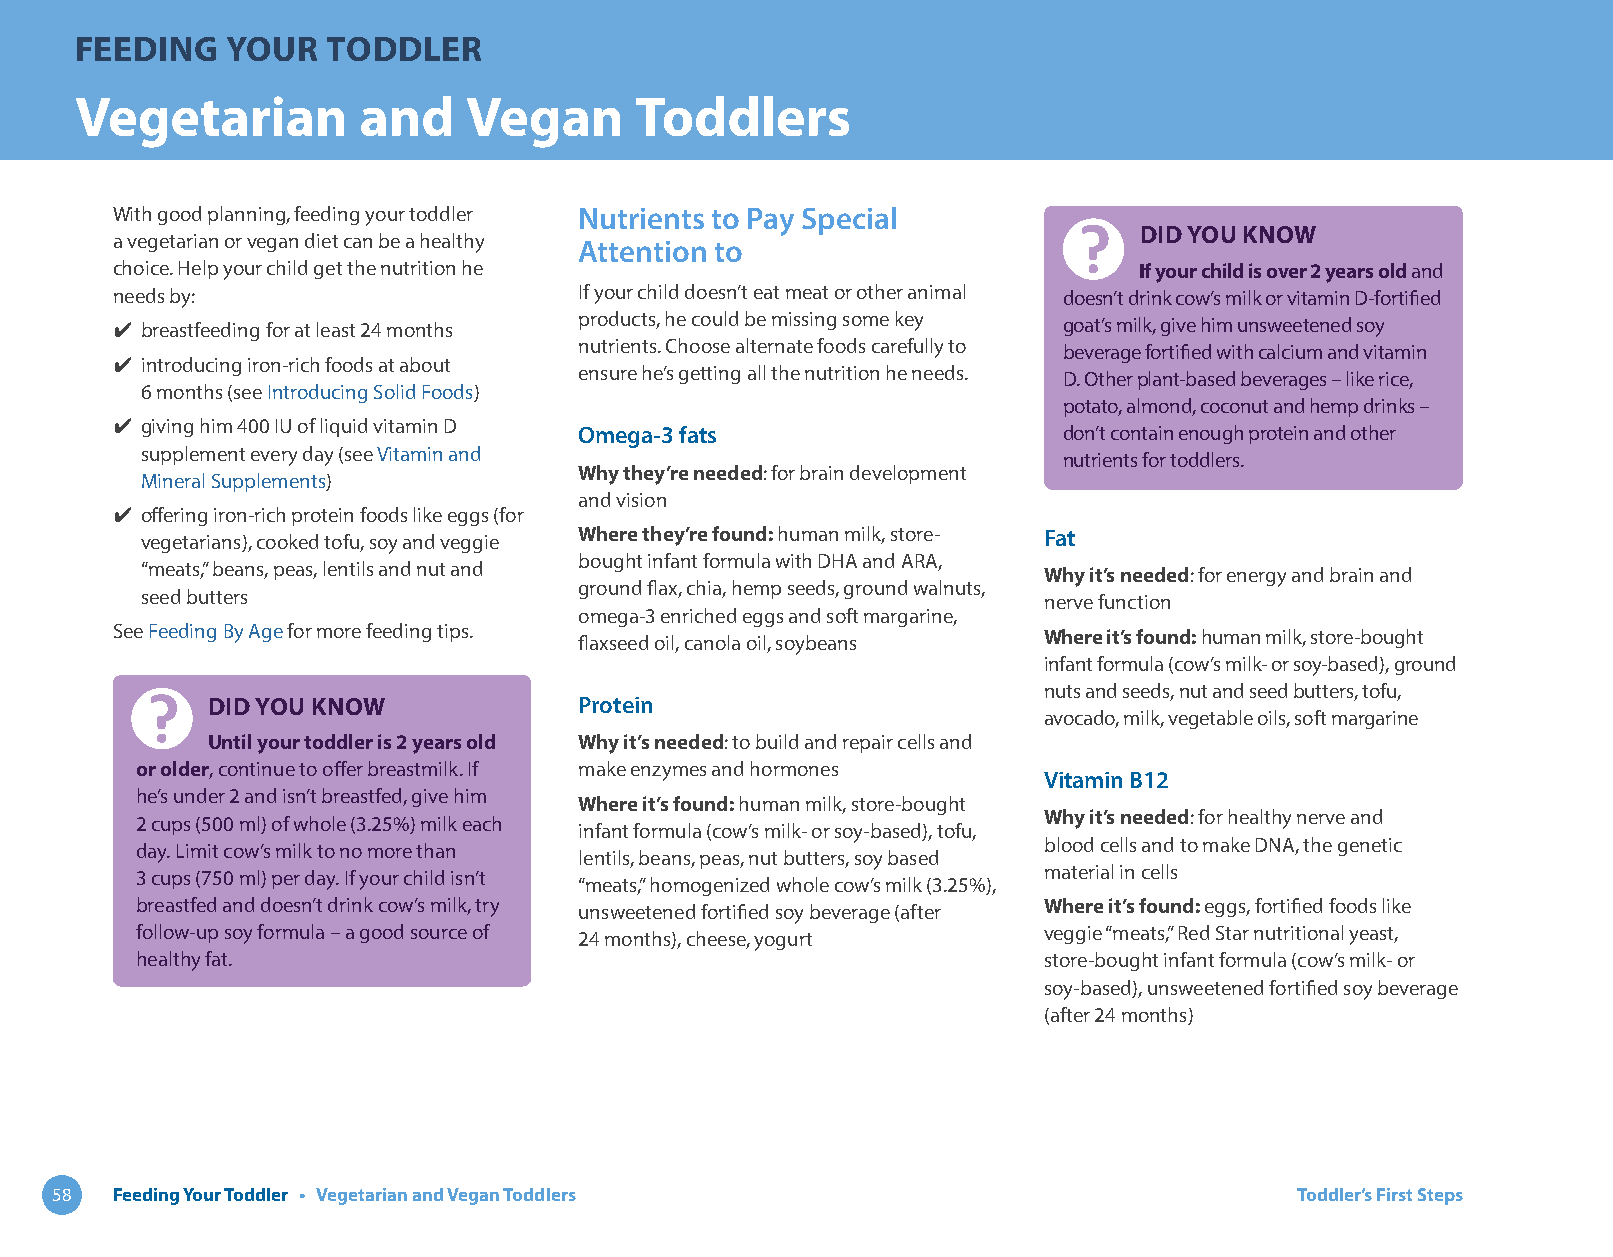
FEEDING   YOUR   TODDLER
 Vegetarian         and    Vegan      Toddlers
 With good planning, feeding your toddler Nutrients to Pay Special
 DID YOU KNOW
 a vegetarian or vegan diet can be a healthy
 Attention to
 choice. Help your child get the nutrition he                        If your child is over 2 years old and
 needs by:                      If your child doesn’t eat meat or other animal doesn’t drink cow’s milk or vitamin D-fortified
 ✔ breastfeeding for at least 24 months products, he could be missing some key goat’s milk, give him unsweetened soy
 nutrients. Choose alternate foods carefully to beverage fortified with calcium and vitamin
 ✔ introducing iron-rich foods at about
 ensure he’s getting all the nutrition he needs. D. Other plant-based beverages – like rice,
 6 months (see Introducing Solid Foods)
 potato, almond, coconut and hemp drinks –
 ✔ giving him 400 IU of liquid vitamin D
 Omega-3 fats                    don’t contain enough protein and other
 supplement every day (see Vitamin and
 nutrients for toddlers.
 Why they’re needed: for brain development
 Mineral Supplements)
 and vision
 ✔ offering iron-rich protein foods like eggs (for
 vegetarians), cooked tofu, soy and veggie Where they’re found: human milk, store- Fat
 bought infant formula with DHA and ARA,
 “meats,” beans, peas, lentils and nut and                   Why it’s needed: for energy and brain and
 ground flax, chia, hemp seeds, ground walnuts,
 seed butters                                                nerve function
 omega-3 enriched eggs and soft margarine,
 See Feeding By Age for more feeding tips. flaxseed oil, canola oil, soybeans Where it’s found: human milk, store-bought
 infant formula (cow’s milk- or soy-based), ground
 nuts and seeds, nut and seed butters, tofu,
 DID YOU KNOW            Protein
 avocado, milk, vegetable oils, soft margarine
 Until your toddler is 2 years old Why it’s needed: to build and repair cells and
 or older, continue to offer breastmilk. If make enzymes and hormones
 Vitamin B12
 he’s under 2 and isn’t breastfed, give him
 Where it’s found: human milk, store-bought
 2 cups (500 ml) of whole (3.25%) milk each                  Why it’s needed: for healthy nerve and
 infant formula (cow’s milk- or soy-based), tofu,
 day. Limit cow’s milk to no more than                       blood cells and to make DNA, the genetic
 lentils, beans, peas, nut butters, soy based
 3 cups (750 ml) per day. If your child isn’t                material in cells
 “meats,” homogenized whole cow’s milk (3.25%),
 breastfed and doesn’t drink cow’s milk, try unsweetened fortified soy beverage (after Where it’s found: eggs, fortified foods like
 follow-up soy formula – a good source of 24 months), cheese, yogurt veggie “meats,” Red Star nutritional yeast,
 healthy fat.                                                store-bought infant formula (cow’s milk- or
 soy-based), unsweetened fortified soy beverage
 (after 24 months)
 58  Feeding Your Toddler • Vegetarian and Vegan Toddlers                           Toddler’s First Steps